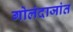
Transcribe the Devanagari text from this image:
गोलंदाजांत